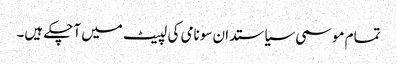
تمام موسمی سیاستدان سونامی کی لپیٹ میں آچکے ہیں۔